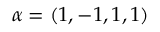
\alpha = ( 1 , - 1 , 1 , 1 )